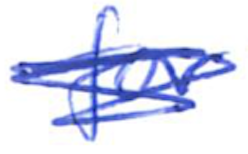
Text: for
Cross-out: scratch
Writing tool: ballpoint